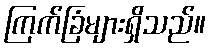
ကြက်ခြံများရှိသည်။